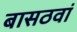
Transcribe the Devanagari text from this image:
बासठवां